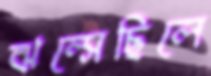
ঝল্‌সেছিলে